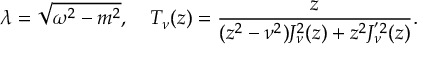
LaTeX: \lambda = \sqrt { \omega ^ { 2 } - m ^ { 2 } } , \quad T _ { \nu } ( z ) = \frac { z } { ( z ^ { 2 } - \nu ^ { 2 } ) J _ { \nu } ^ { 2 } ( z ) + z ^ { 2 } J _ { \nu } ^ { ' 2 } ( z ) } .